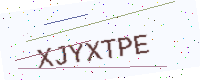
Text: XJYXTPE